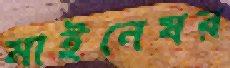
মাইনেষর